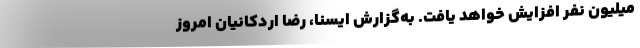
میلیون نفر افزایش خواهد یافت. به‌گزارش ایسنا، رضا اردکانیان امروز